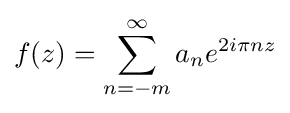
f(z)=\sum _{n=-m}^{\infty }a_{n}e^{2i\pi nz}